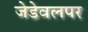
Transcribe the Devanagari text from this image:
जेडेवलपर